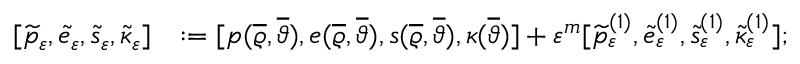
\begin{array} { r l } { [ \widetilde { p } _ { \varepsilon } , \widetilde { e } _ { \varepsilon } , \widetilde { s } _ { \varepsilon } , \widetilde { \kappa } _ { \varepsilon } ] } & { : = [ p ( \overline { { \varrho } } , \overline { { \vartheta } } ) , e ( \overline { { \varrho } } , \overline { { \vartheta } } ) , s ( \overline { { \varrho } } , \overline { { \vartheta } } ) , \kappa ( \overline { { \vartheta } } ) ] + \varepsilon ^ { m } [ \widetilde { p } _ { \varepsilon } ^ { ( 1 ) } , \widetilde { e } _ { \varepsilon } ^ { ( 1 ) } , \widetilde { s } _ { \varepsilon } ^ { ( 1 ) } , \widetilde { \kappa } _ { \varepsilon } ^ { ( 1 ) } ] ; } \end{array}